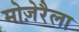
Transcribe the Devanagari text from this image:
मोज़ेरैला